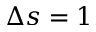
\Delta s = 1